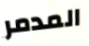
المدمر